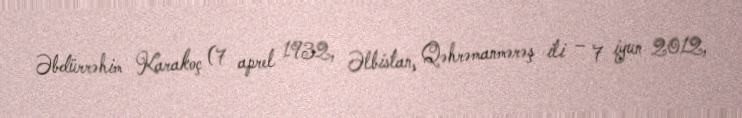
Əbdürrəhim Karakoç (7 aprel 1932, Əlbistan, Qəhrəmanmərəş ili – 7 iyun 2012,